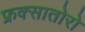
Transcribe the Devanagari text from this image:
फ्रक्सातोरो